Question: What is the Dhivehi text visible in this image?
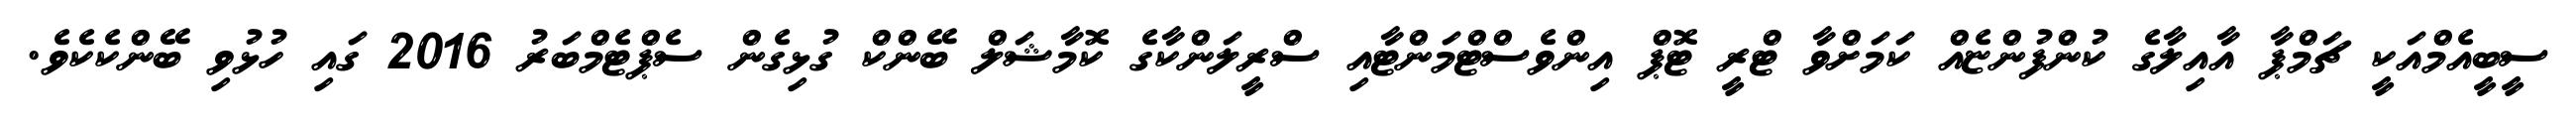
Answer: ސީބީއެމްއަކީ ޗަމްޕާ އާއިލާގެ ކުންފުންޏެއް ކަމަށްވާ ޓްރީ ޓޮޕް އިންވެސްޓްމަންޓާއި ސްރީލަންކާގެ ކޮމާޝަލް ބޭންކް ގުޅިގެން ސެޕްޓެމްބަރު 2016 ގައި ހުޅުވި ބޭންކެކެވެ.